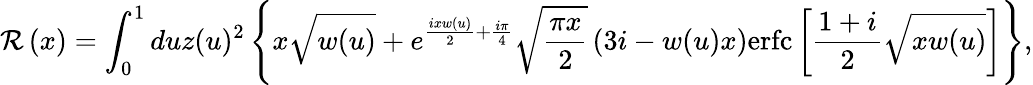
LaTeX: \mathcal{R}\left(x\right)=\int_{0}^{1}duz(u)^{2}\left\{ x\sqrt{w(u)}+e^{\frac{ixw(u)}{2}+\frac{i\pi}{4}}\sqrt{\frac{\pi x}{2}}\left(3i-w(u)x\right)\mathrm{erfc}\left[\frac{1+i}{2}\sqrt{xw(u)}\right]\right\} ,